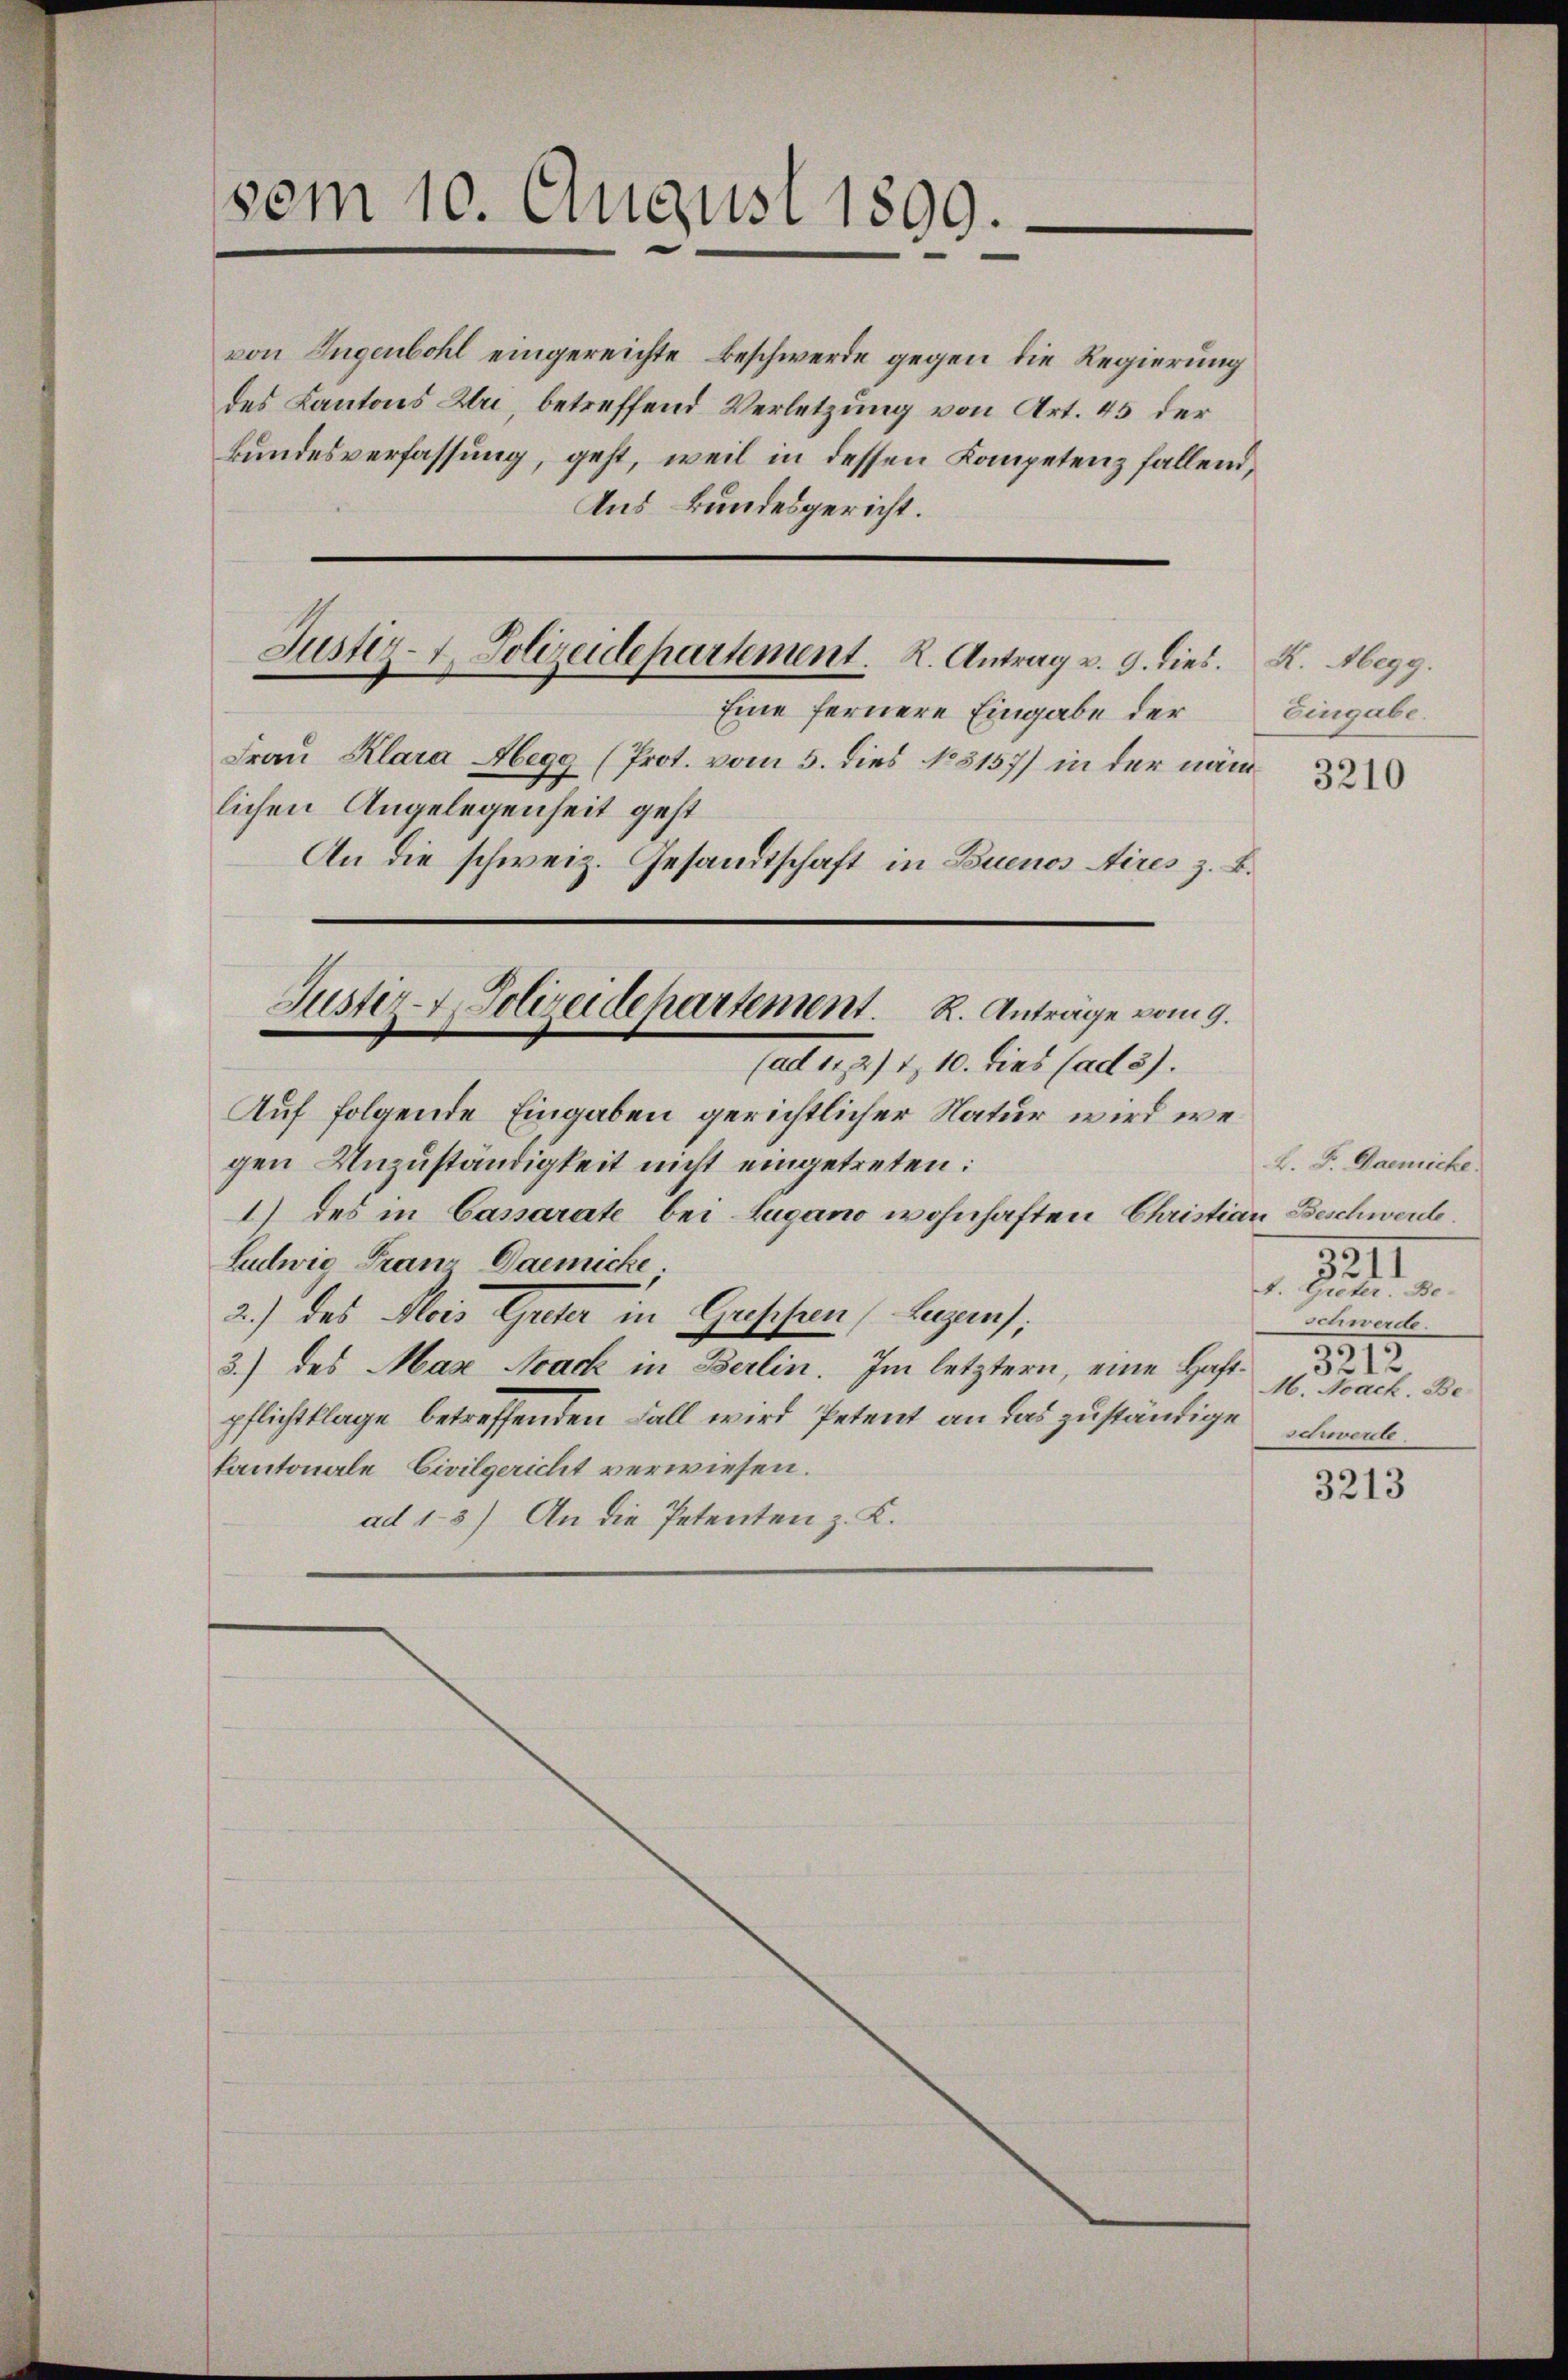
von Eugenbohl eingereichte Beschwerde gegen die Regierung
des Kantons Uri, betreffend Verletzung von Art. 45 der
Bundesverfassung, geht, weil in dessen Kompetenz fallend,
Aus Bundesgericht.

sem 10. August 1899.

Eine fernere Eingabe der
Frau Klara Abegg (Prot. vom 5. dies No 8157) in der näm
lichen Angelegenheit geht
An die schweiz. Gesandtschaft in Buenos Aires z. B.
(ad 11271, 10. dies (ad 5).
Auf folgende Eingaben gerichtlicher Natur wird wegen Unzuständigkeit nicht eingetreten:
1) des in Cassarate bei Lugano wohnhaften Christian Beschwerde
Lulwig Franz Gaemicke.
A. Greter. Be-
2.) Das Alois Guter in Geschen Augens;
3.) des Max Noack in Berlin. Im letztern, eine Haftpflichtklage betreffenden Fall wird Petent an das zuständige
schwerde.
kantonale Civilgericht verwiesen.
ad 13) An die Petenten z. K.

Justiz- & Polizeidepartement. K. Antrag v. 9. dies. K. Abegg.

Justiz- & Polizeidepartement. R. Anträge vom 9.

Eingabe.

L. F. Daemiche.
3211
schwerde.
3212
M. Nack. Be¬

3213